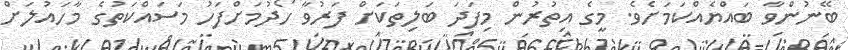
ބޭނުންވާ ބައްޔެއްކަމަށެވެ. މީގެ އިތުރުން މިފަދަ ބަލިތަކަށް ފަރުވާ ހޯދުމަށްފަހު މަސައްކަތުގެ މާހައުލަށް